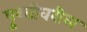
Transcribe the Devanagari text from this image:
पृुथ्वीवरील